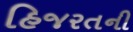
હિજરતની